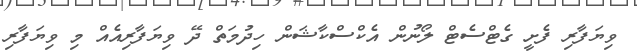
ވިޔަފާރި ފެށީ ގެޓްސެޓް ލޯނުން އެކްސްކާޝަން ހިދުމަތް ދޭ ވިޔަފާރިއެއް މި ވިޔަފާރި